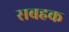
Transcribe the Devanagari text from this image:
सबहक